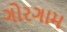
ગોરગામ